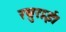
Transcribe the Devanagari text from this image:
रघुराई।